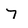
Character: 7